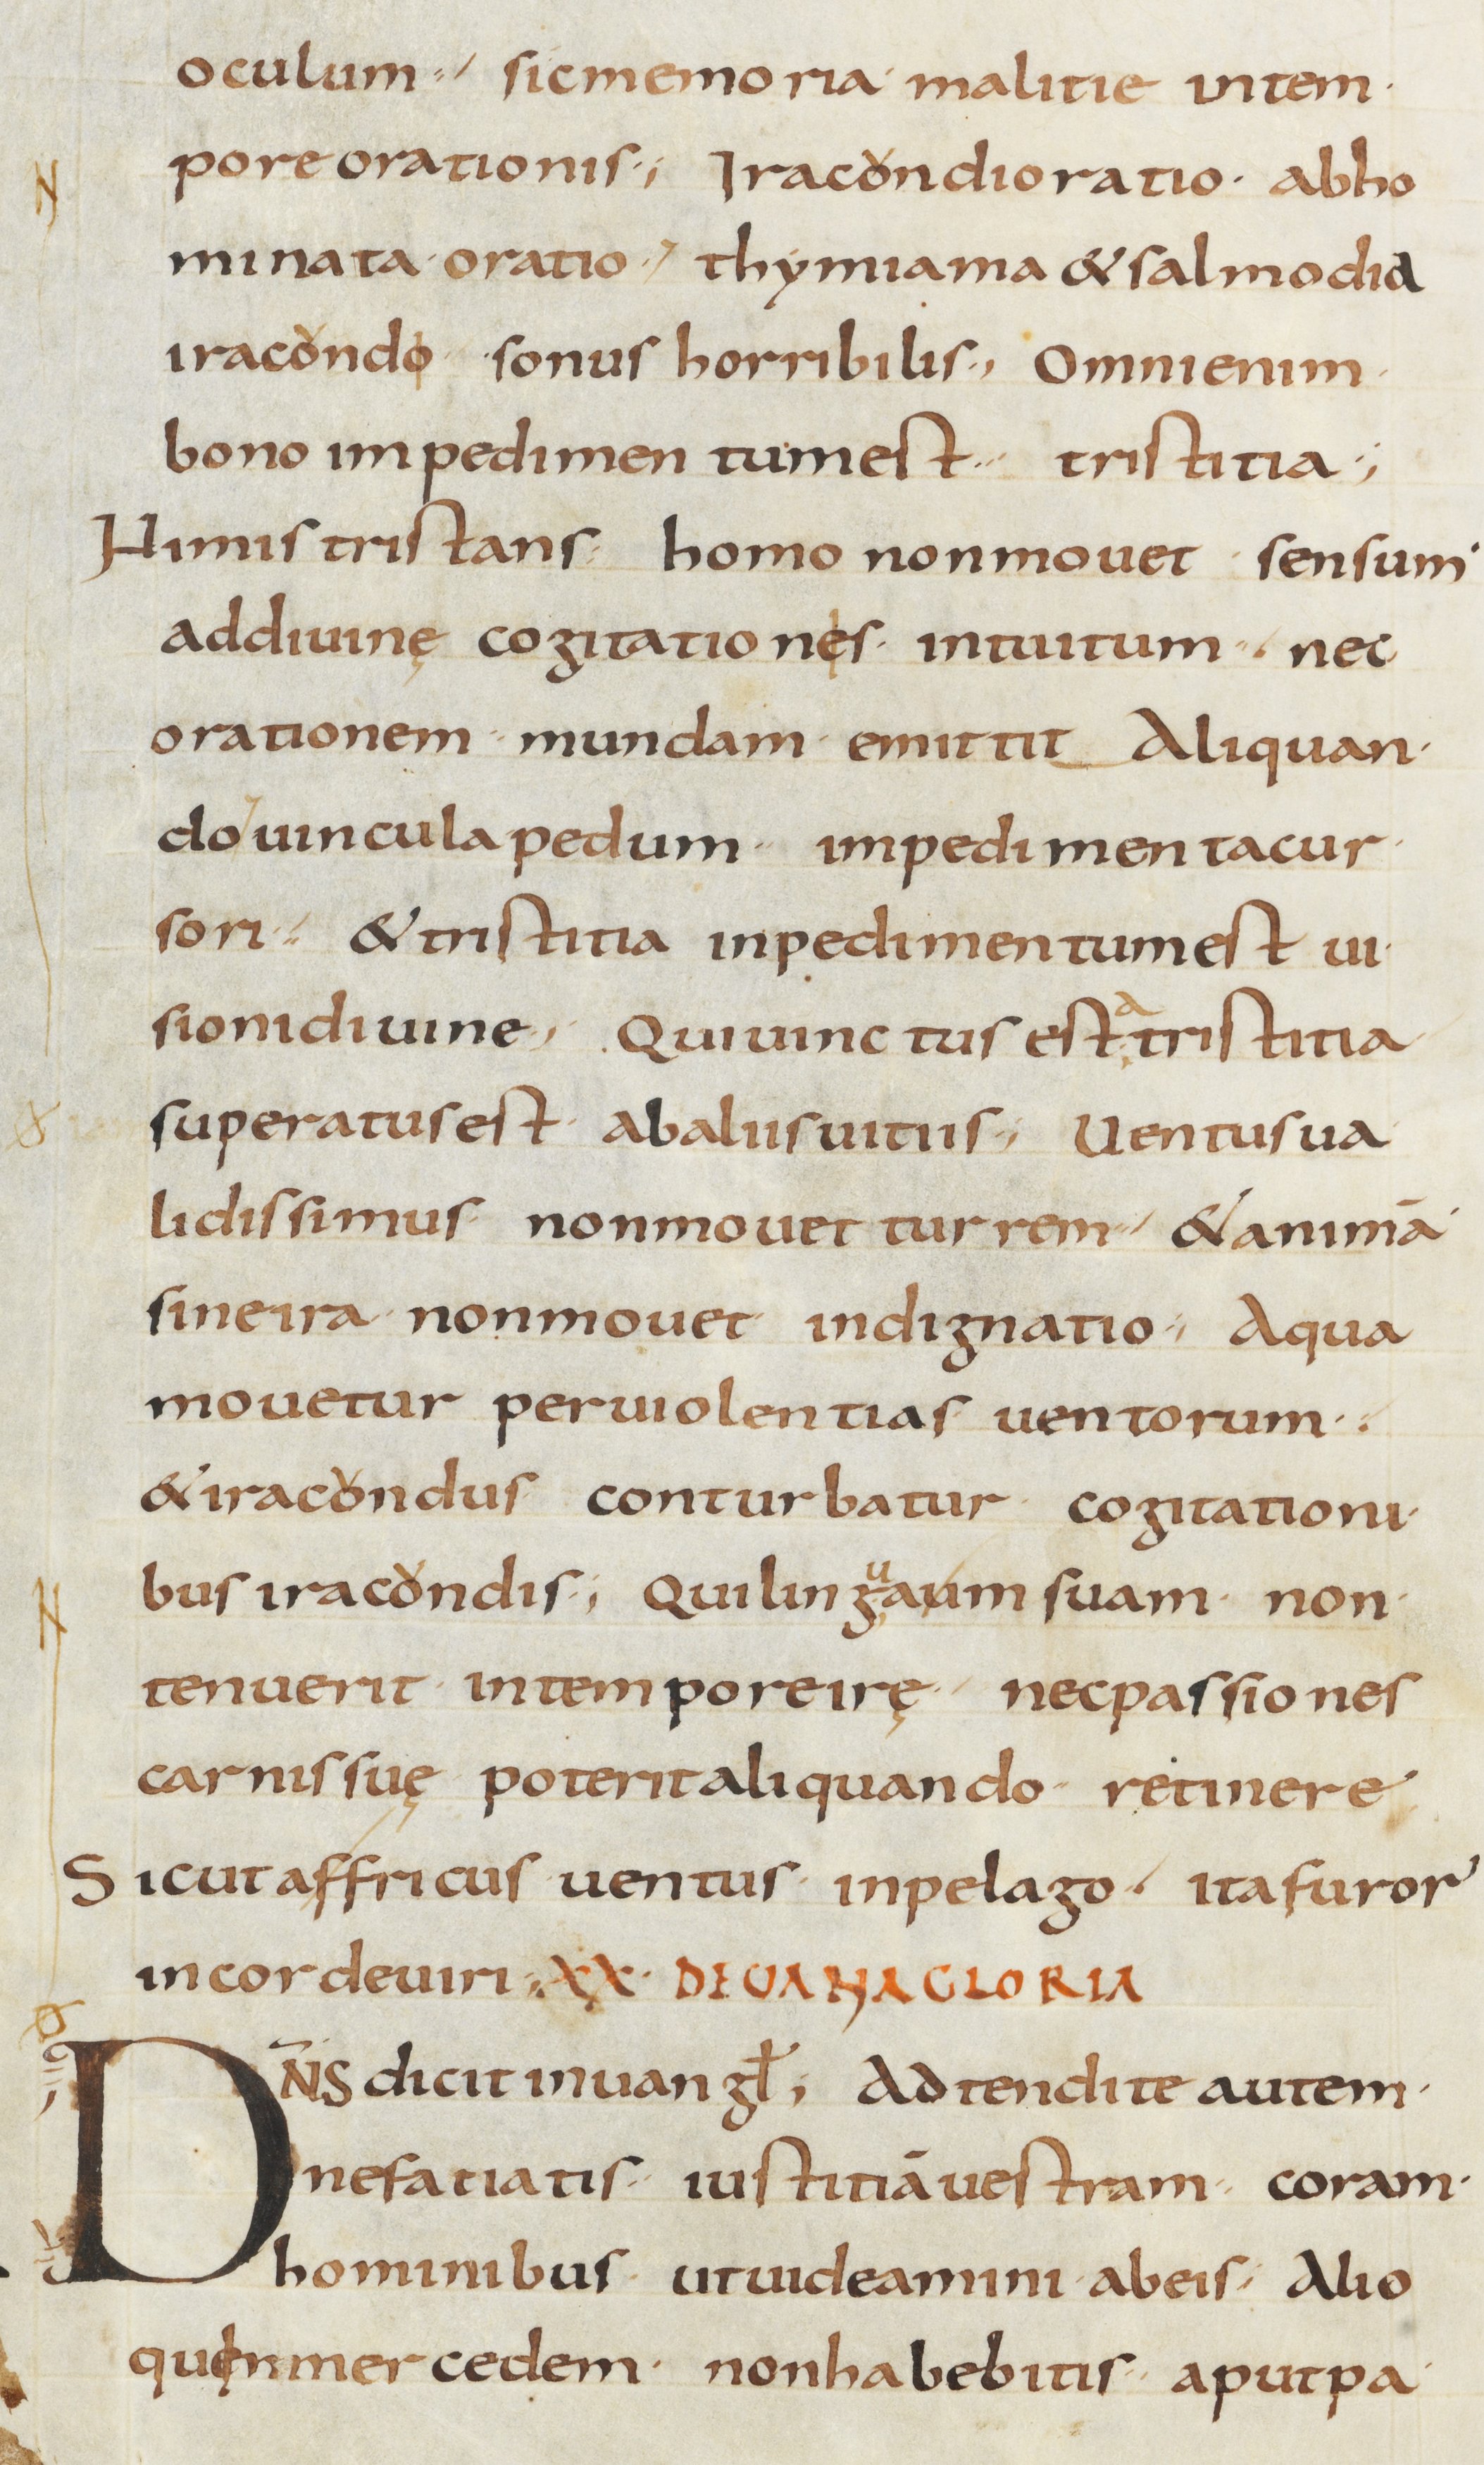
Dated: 800–899